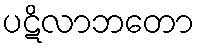
ပဋိလာဘတော